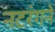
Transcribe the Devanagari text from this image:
नटरंगने